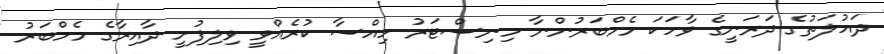
ދައުލަތުގެ ދަރަނީގެ ވާހަކަ މެމްބަރުންނާ މިނިސްޓަރު ހިއްސާ ކުރެއްވީ ވިލިފުށީ ދާއިރާގެ މެމްބަރު